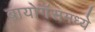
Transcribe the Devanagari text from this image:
बायोगॅसमध्ये